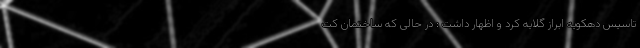
تاسیس دهکویه ابراز گلایه کرد و اظهار داشت : در حالی که ساختمان کت